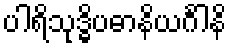
ပါရိသုဒ္ဓိပဓာနိယင်္ဂါနိ